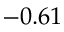
- 0 . 6 1